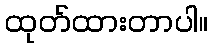
ထုတ်ထားတာပါ။